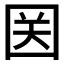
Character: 𱕼